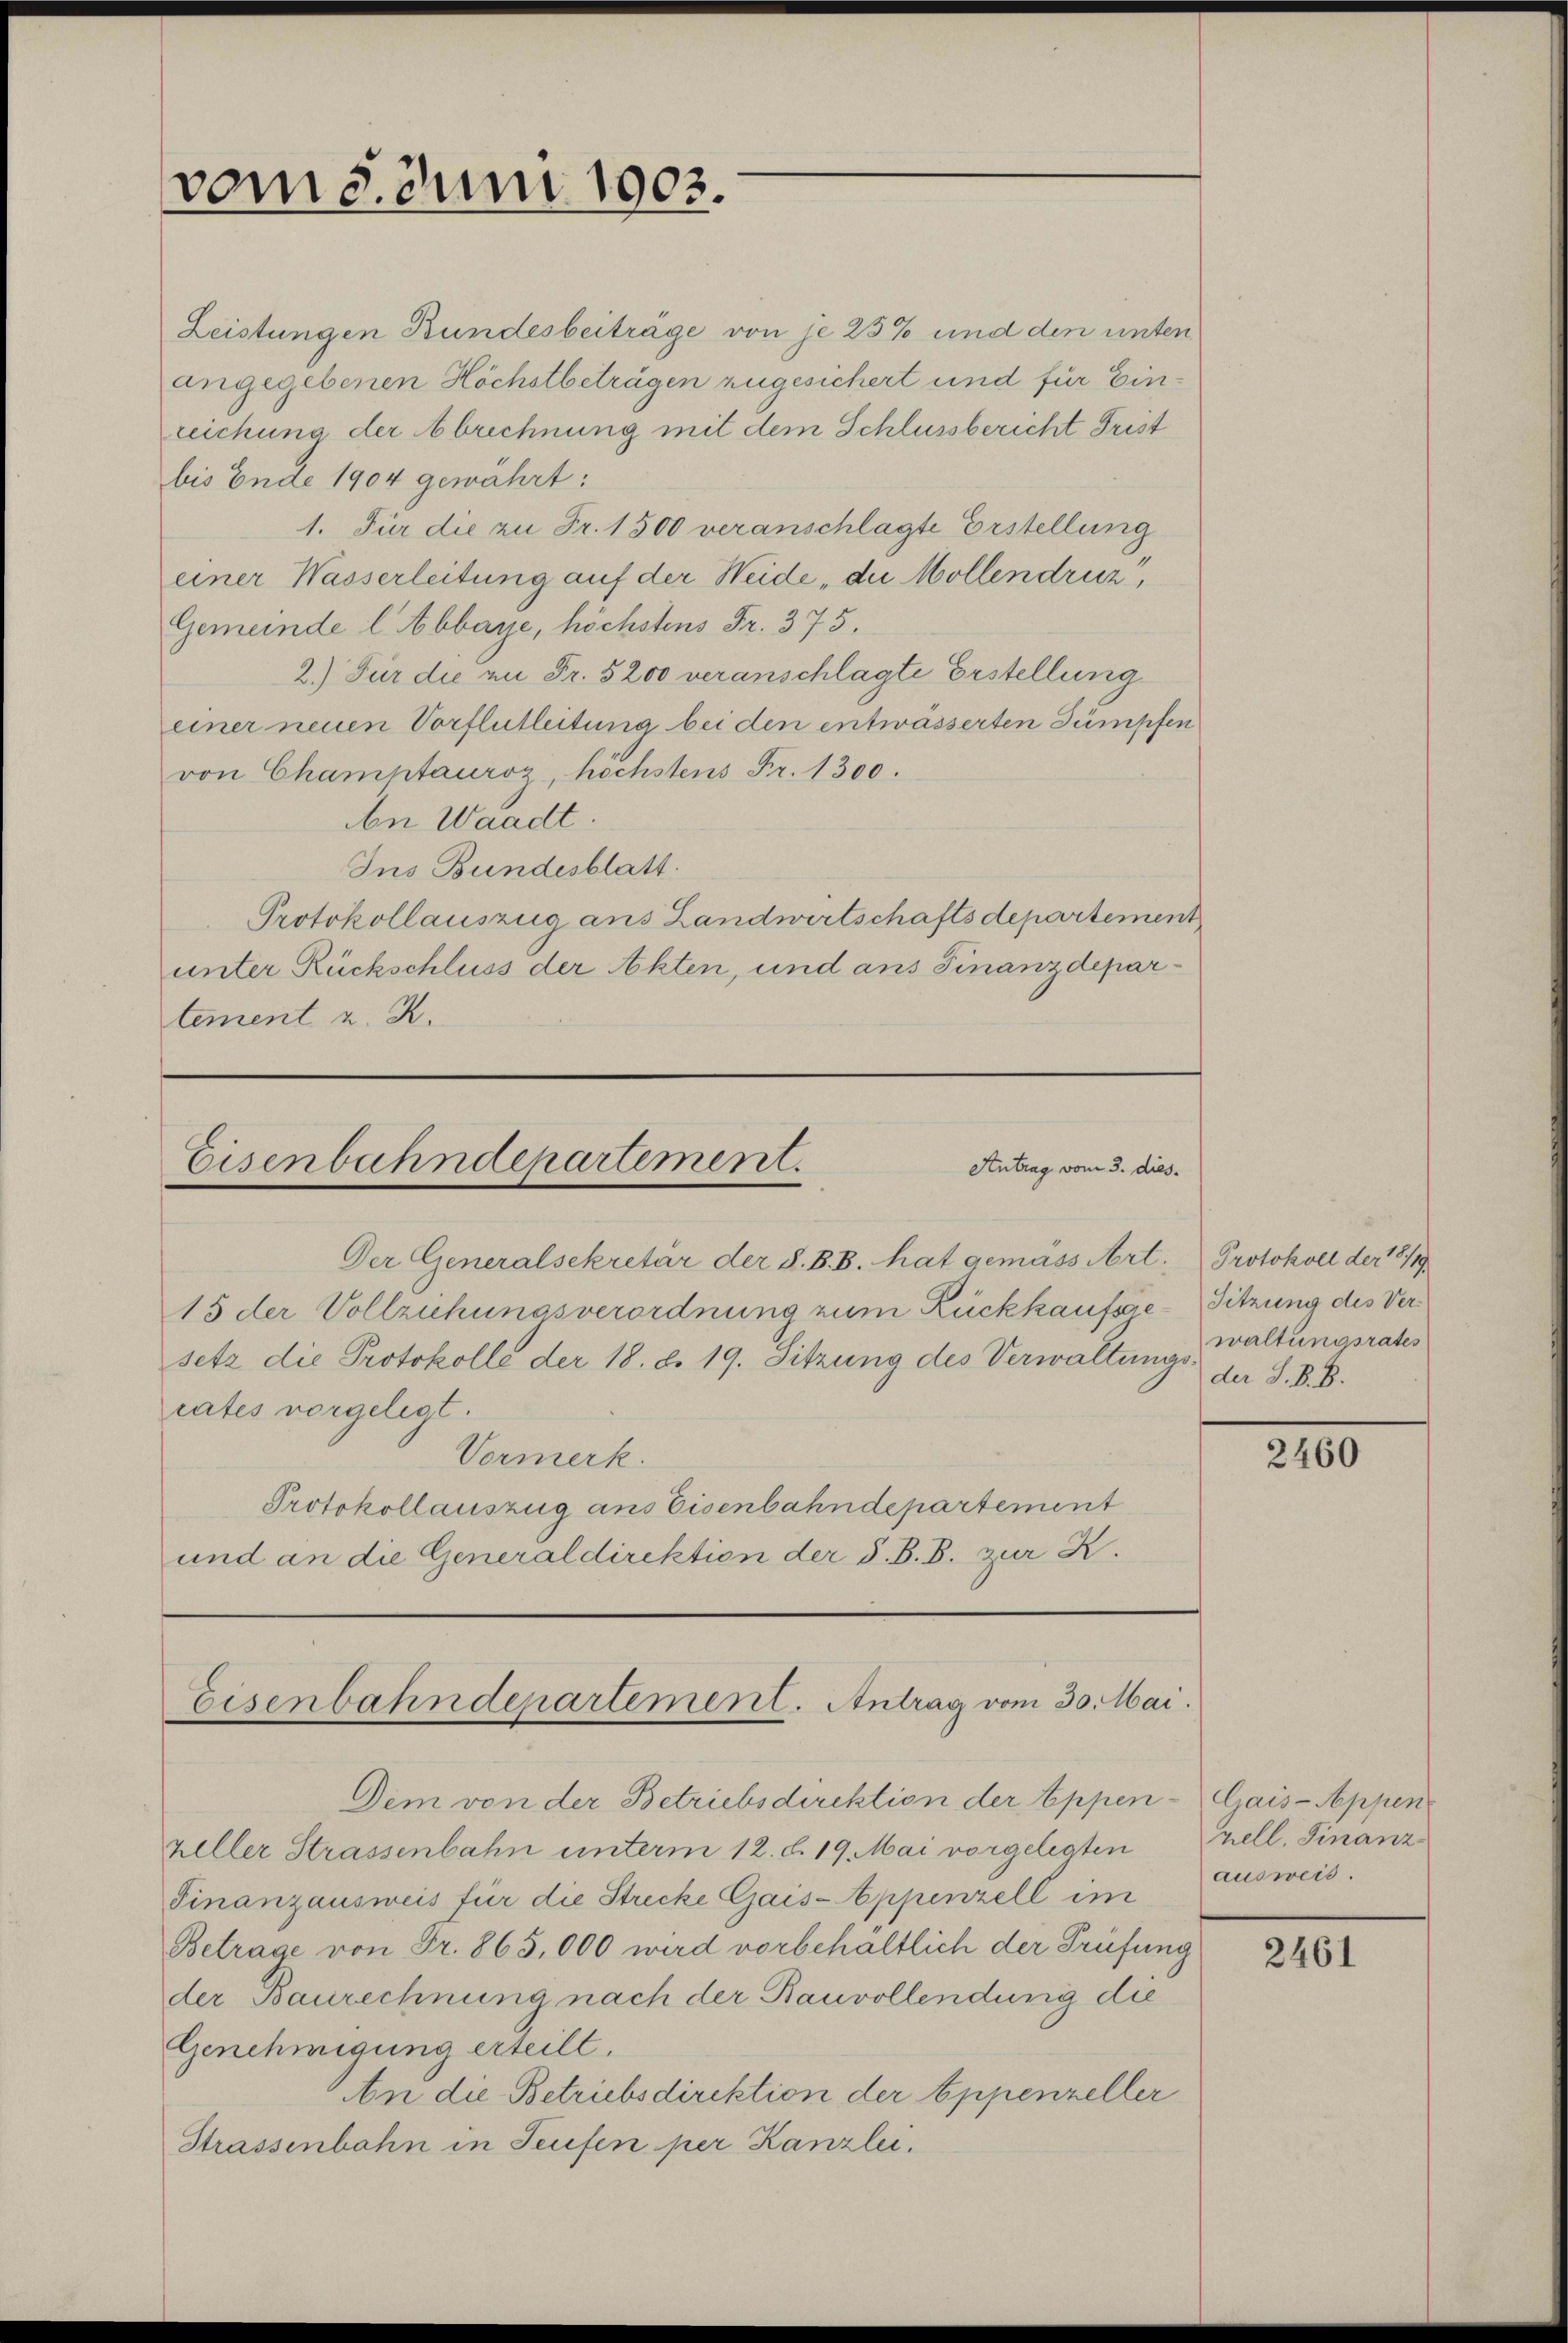
vom 5. Juni 1903.

Leistungen Bundesbeiträge von je 25% und den unten
angegebenen Höchstbeträgen zugesichert und für Einreichung der Abrechnung mit dem Schlussbericht Frist
bis Ende 1904 gewährt:
1. Für die zu Fr. 1500 veranschlagte Erstellung
einer Wasserleitung auf der Weide „der Mollendruz,
Gemeinde l. Abbaye, höchstens Fr. 375.
2.) Für die in Fr. 5200 veranschlagte Erstellung
einer neuen Vorflutleitung bei den entwässerten Dümpfen
von Champtauroz, höchstens Fr. 1300.
An Waadt.
Ins Bundesblatt.
Protokollauszug aus Landwirtschaftsdepartement
unter Rückschluss der Akten, und ans Finanzdepartement z. B.

Eisenbahndepartement.
Antrag vom 3. dies.

Der Generalsekretär der S. B. B. hat gemäss Art. Protokoll der 18/19
15 der Vollzuhunasverordnung zum Rückkaufsge-Sitzung des Versetz die Protokolle der 18. d. 19. Sitzung des Verwaltungs der S. B. B.
rates vorgelegt.
Vormerk.
Protokollauszug aus Eisenbahndepartement
und an die Generaldirektion der S. B. B. zur R.

Eisenbahndepartement. Antrag vom 30. Mai.

Dem von der Betriebsdirektion der Appen-Gais-Appen
heller Strassenbahn unterm 12. d. 19. Mai vorgelegten
Finanzausweis für die Strecke Gais-Appenzell im
Betrage von Fr. 865,000 wird vorbehaltlich der Prüfung
der Baurechnung nach der Bauvollendung die
Genehmigung erteilt.
An die Betriebsdirektion der Appenzeller
Strassenbahn in Teufen per Kanzlei.

waltungsrates

2460

zell. Finanz
ausweis.

2461